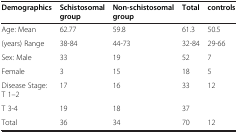
| Demographics | Schistosomal group | Non-schistosomal group | Total | controls |
 | --- | --- | --- | --- | --- |
 | Age: Mean | 62.77 | 59.8 | 61.3 | 50.5 |
 | (years) Range | 38-84 | 44-73 | 32-84 | 29-66 |
 | Sex: Male | 33 | 19 | 52 | 7 |
 | Female | 3 | 15 | 18 | 5 |
 | Disease Stage: T 1–2 | 17 | 16 | 33 | 12 |
 | T 3-4 | 19 | 18 | 37 |  |
 | Total | 36 | 34 | 70 | 12 |